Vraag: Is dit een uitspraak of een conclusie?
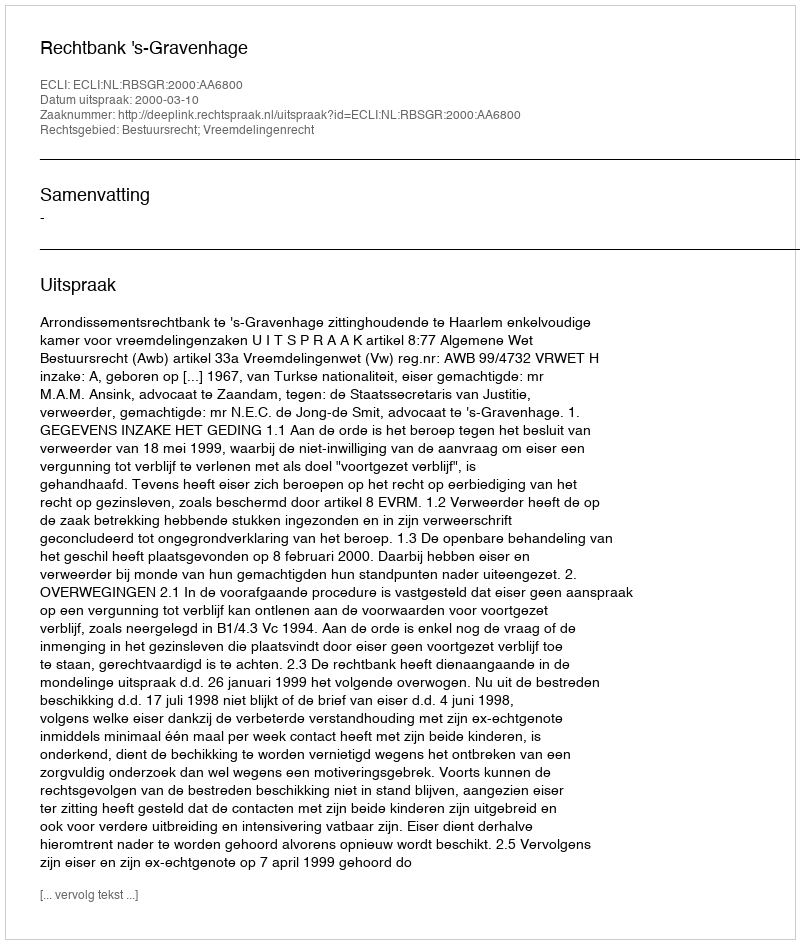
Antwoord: Uitspraak